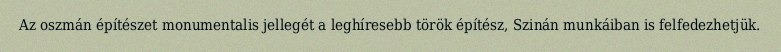
Az oszmán építészet monumentalis jellegét a leghíresebb török építész, Szinán munkáiban is felfedezhetjük.